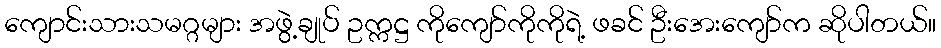
ကျောင်းသားသမဂ္ဂများ အဖွဲ့ချုပ် ဥက္ကဋ္ဌ ကိုကျော်ကိုကိုရဲ့ ဖခင် ဦးအေးကျော်က ဆိုပါတယ်။